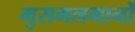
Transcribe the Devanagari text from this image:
मुसमलमानों